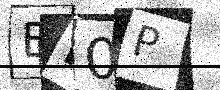
Text: BN0P